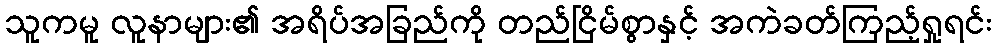
သူကမူ လူနာများ၏ အရိပ်အခြည်ကို တည်ငြိမ်စွာနှင့် အကဲခတ်ကြည့်ရှုရင်း